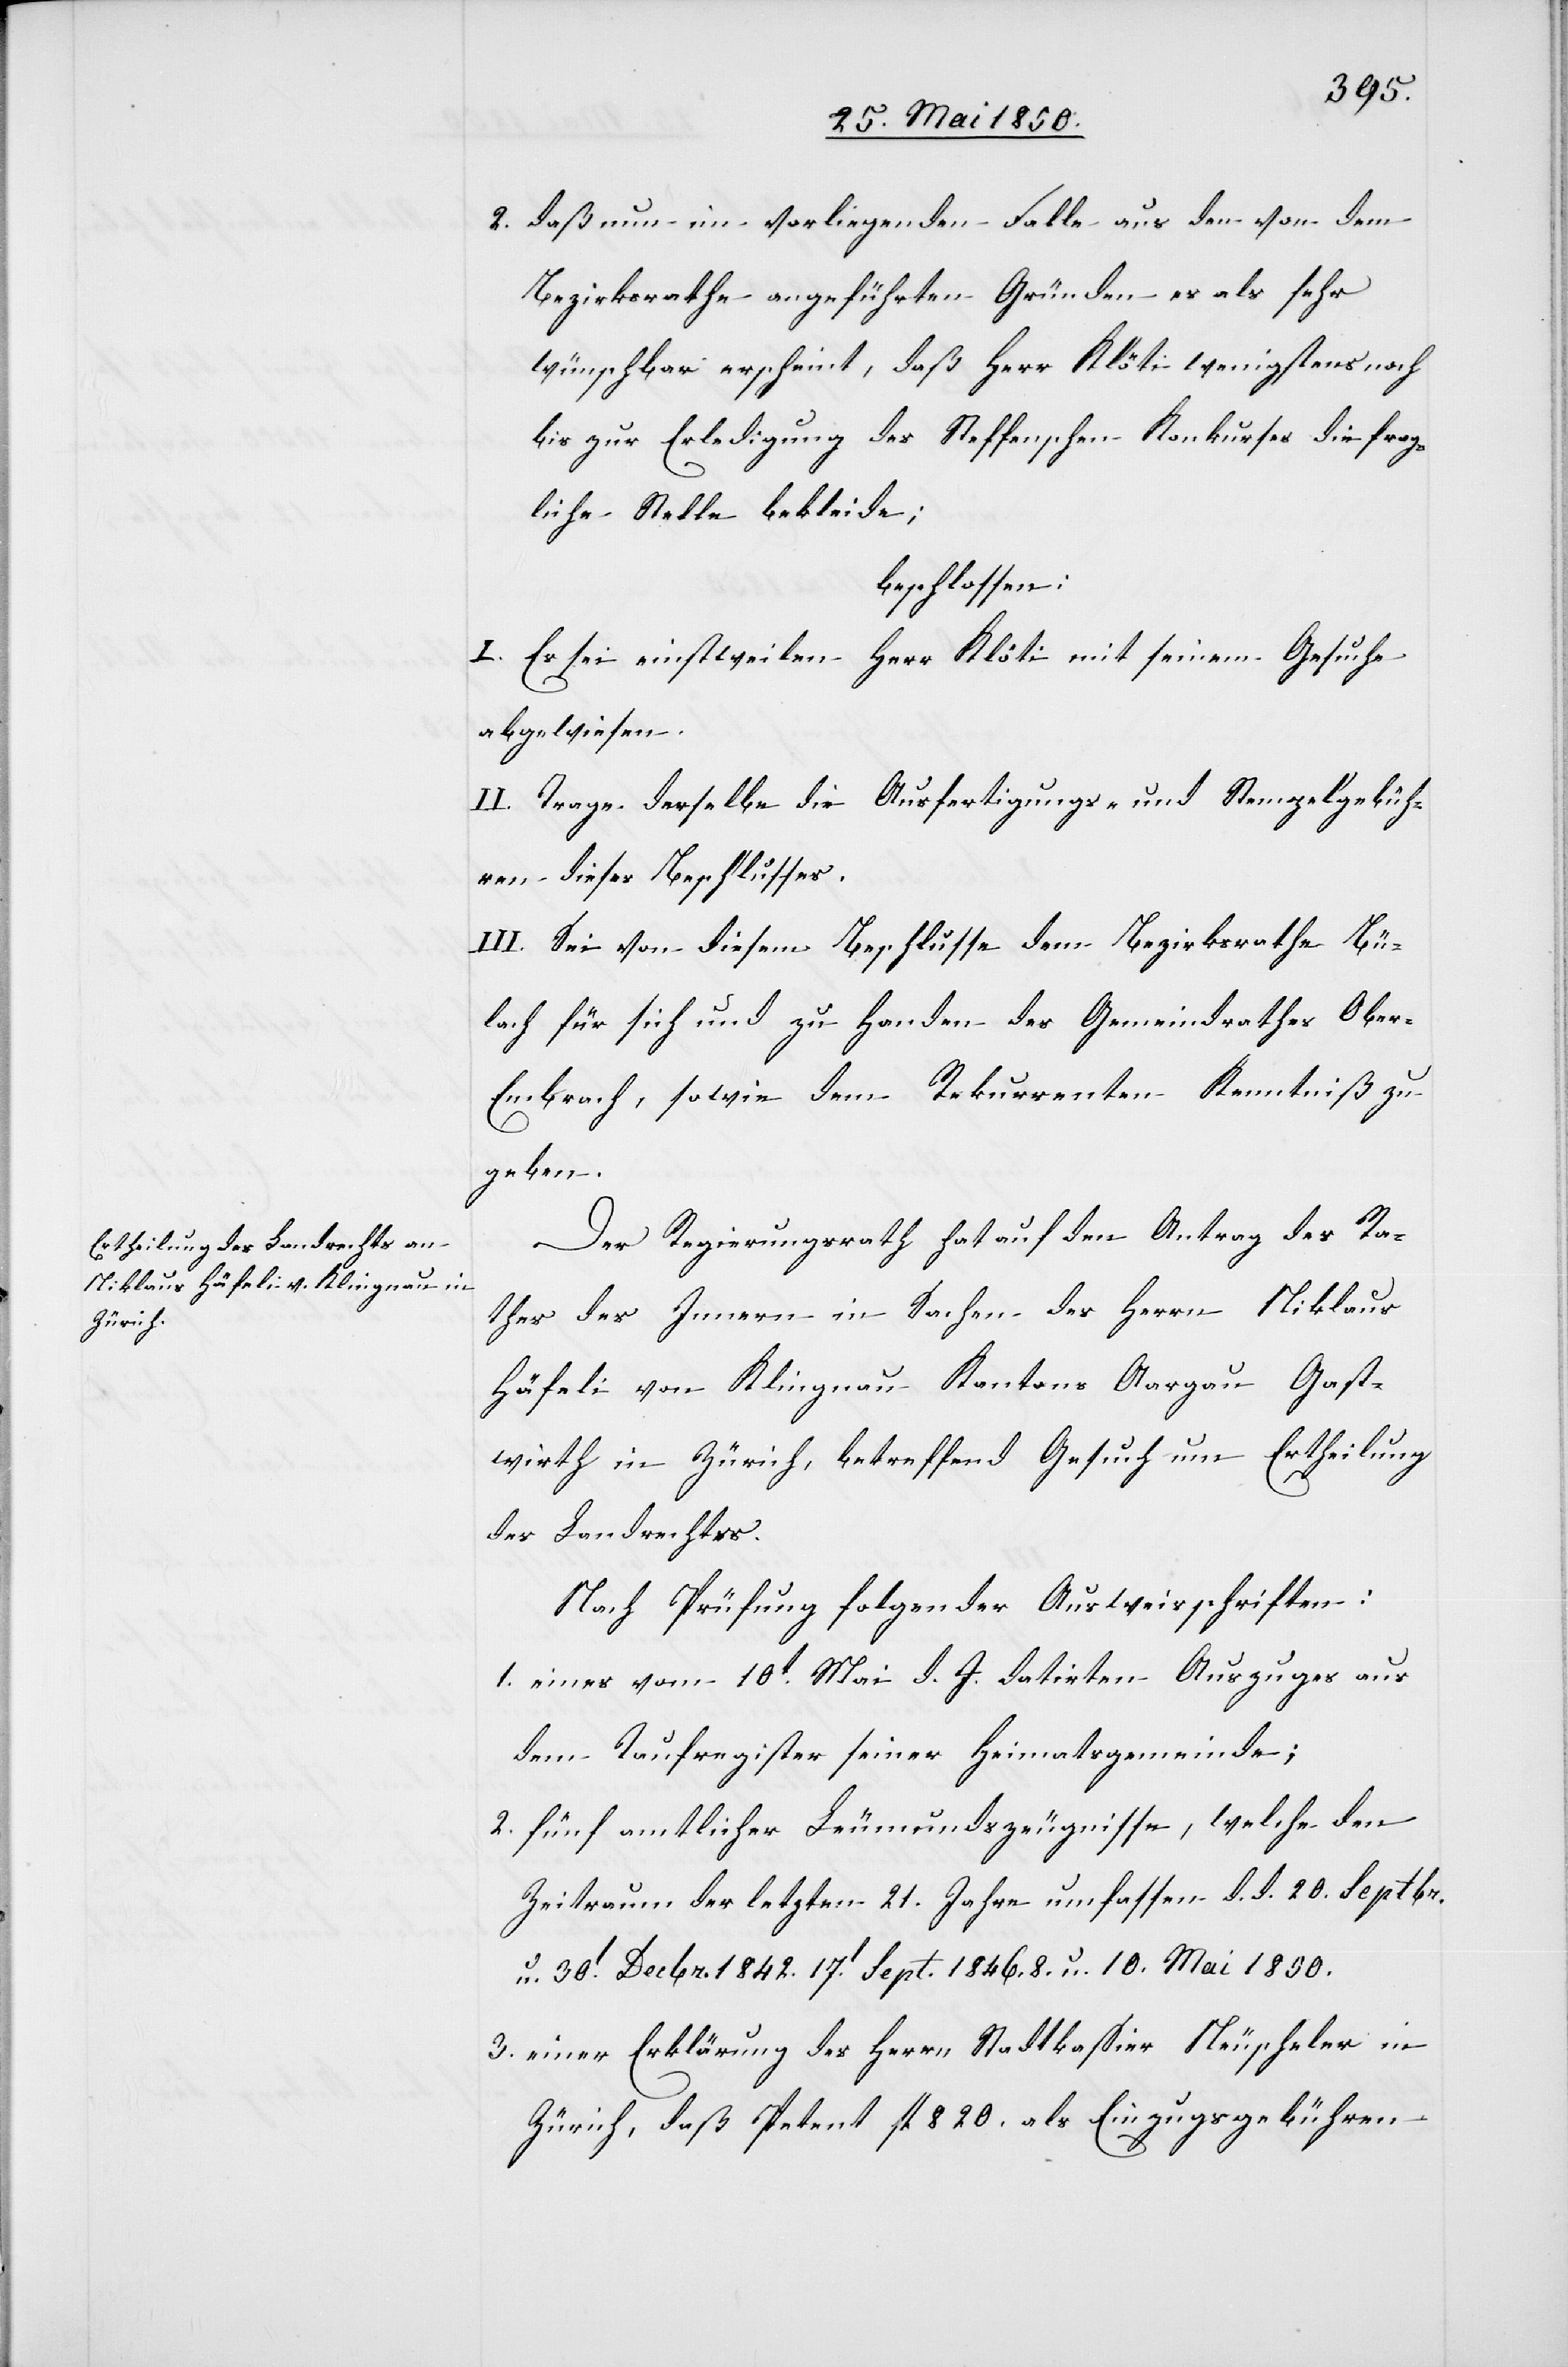
2. daß nun im vorliegenden Falle aus den von dem
Bezirksrathe angeführten Gründen es als sehr
wünschbar erscheint, daß Herr Klöti wenigstens noch
bis zur Erledigung des Steffenschen Konkurses die frag¬
liche Stelle bekleide;
beschlossen:
I. Es sei einstweilen Herr Klöti mit seinem Gesuche
abgewiesen.
II. Trage derselbe die ausfertigungs- und Stempelgebüh¬
ren dieses Beschlusses.
III. Sei von diesem Beschlusse dem Bezirksrathe Bü¬
lach für sich und zu Handen des Gemeindrathes Obe¬
r-Embrach, sowie dem Rekurrenten Kenntniß zu
geben.
Der Regierungsrath hat auf den Antrag des Ra¬
thes des Innern in Sachen des Herrn Niklaus
Häfeli von Klingnau Kantons Aargau Gast¬
wirth in Zürich, betreffend Gesuch um Ertheilung
des Landrechtes.
Nach Prüfung folgender Ausweisschriften:
1. eines vom 10t Mai d. J. datirten Auszuges aus
dem Taufregister seiner Heimatsgemeinde;
2. fünf amtlicher Leumundszeugnisse, welche den
Zeitraum der letzten 21. Jahre umfassen d. d. 20. Septbr.
u. 30t Decbr. 1842.[,] 17t Sept. 1846.[,] 8. u. 10. Mai 1850.
3. einer Erklärung des Herrn Stadtkassier Neuscheler in
Zürich, daß Petent fl 820. als Einzugsgebühren